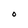
Character: O